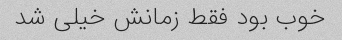
خوب بود فقط زمانش خیلی شد